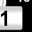
Digit: 1